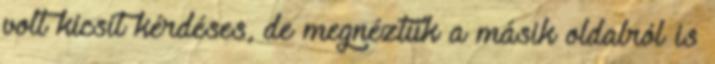
volt kicsit kérdéses, de megnéztük a másik oldalról is